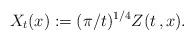
LaTeX: \begin{align*}X_t(x) := (\pi/t)^{1/4} Z(t\,,x).\end{align*}